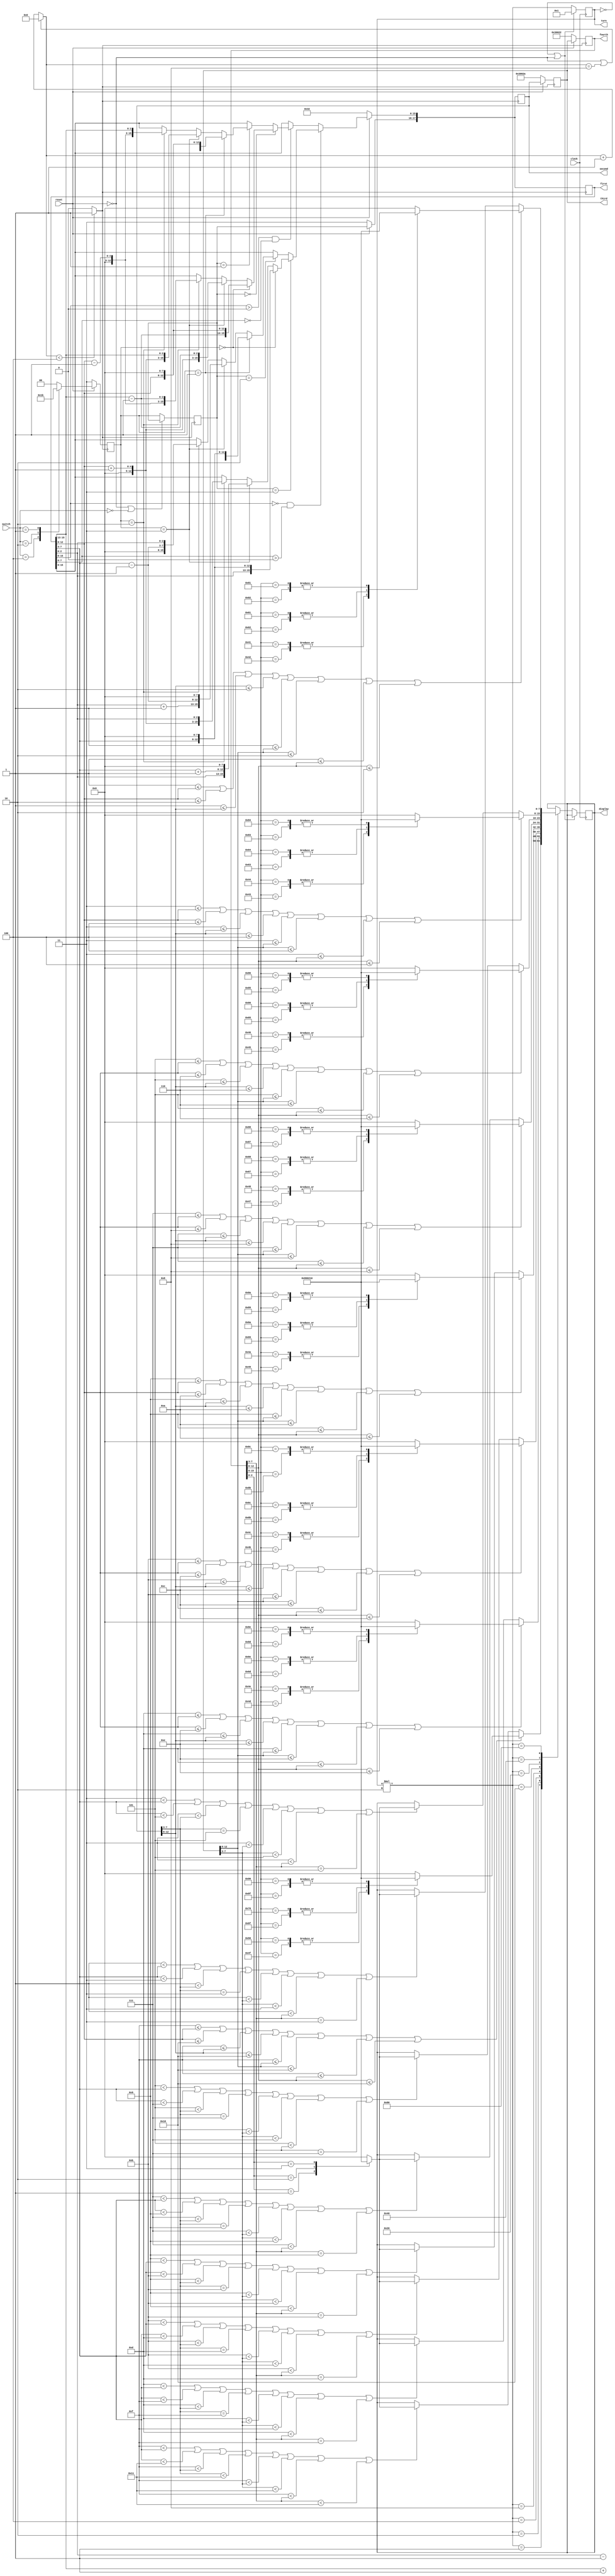
module control_snake (clock, reset, switch, first, second, third, fourth, turn, display);
    input clock, reset;
    input [3:0] switch;
    output [7:0] turn;
    output [7:0] display;
    output [17:0] first, second, third, fourth;

    reg [17:0] first, second, third, fourth;  // 
    reg [1:0] direction;  // 
    reg [2:0] pillar;  //  0:, 1: , 2~3: , 4: 
    reg [4:0] column;  //  0:, 1~16: , default: don't care
    reg [4:0] beam_of_roof;  //  0: , 1:, 2~16: , 17:, default: don't care
    reg [2:0] row;  //  0  1~3 

    reg [7:0] turn;
    reg [7:0] display;
    reg [27:0] diver, diver250;
    reg clock_10hz, clock_250hz;

    // always@(posedge clock) begin
    //     if(reset || diver == 1000000000) begin
    //         diver = 0;
    //     end else begin
    //         diver = diver + 1;
    //     end
    // end
    //
    // always @ (diver) begin
    //     if (diver < 500000000) begin
    //         clock_10hz = 1;
    //     end else begin
    //         clock_10hz = 0;
    //     end
    // end
    //
    // always@(posedge clock) begin
    //     if(reset || diver250 == 400000) begin
    //         diver250 = 0;
    //     end else begin
    //         diver250 = diver250 + 1;
    //     end
    // end
    //
    // always @ (*) begin
    //     if (diver250 < 200000) begin
    //         clock_250hz = 1;
    //     end else begin
    //         clock_250hz = 0;
    //     end
    // end

    always @ (clock) begin
        clock_250hz = clock;

        if(~reset || diver == 8) begin
            diver = 0;
        end else begin
            diver = diver + 1;
        end
    end

    always @ (*) begin
        if (diver < 4) begin
            clock_10hz = 1;
        end else begin
            clock_10hz = 0;
        end
    end

    // 
    always @ (posedge clock_250hz) begin
        if (turn == 0 || ~reset) begin
            turn = 8'b00000001;
        end else begin
            turn = turn * 2;
            case (turn)
                8'b00000001: begin
                    if (15 < first[7:3] || first[7:3] < 17
                            || 15 < second[7:3] || second[7:3] < 17
                            || 15 < third[7:3] || third[7:3] < 17
                            || 15 < fourth[7:3] || fourth[7:3] < 17
                            ) begin
                        // 
                        case (first[2:0])
                            3'b000: display = 8'b00000000;
                            3'b001: display = 8'b10000000;
                            3'b010: display = 8'b00000010;
                            3'b011: display = 8'b00010000;
                            default: display = 8'b00000000;
                        endcase

                        case (second[2:0])
                            3'b000: display = 8'b00000000;
                            3'b001: display = 8'b10000000;
                            3'b010: display = 8'b00000010;
                            3'b011: display = 8'b00010000;
                            default: display = 8'b00000000;
                        endcase

                        case (third[2:0])
                            3'b000: display = 8'b00000000;
                            3'b001: display = 8'b10000000;
                            3'b010: display = 8'b00000010;
                            3'b011: display = 8'b00010000;
                            default: display = 8'b00000000;
                        endcase

                        case (fourth[2:0])
                            3'b000: display = 8'b00000000;
                            3'b001: display = 8'b10000000;
                            3'b010: display = 8'b00000010;
                            3'b011: display = 8'b00010000;
                            default: display = 8'b00000000;
                        endcase
                    end

                    if (15 <= first[12:8] || first[12:8] <= 16
                            || 15 <= second[12:8] || second[12:8] <= 16
                            || 15 <= third[12:8] || third[12:8] <= 16
                            || 15 <= fourth[12:8] || fourth[12:8] <= 16
                            ) begin
                        // 
                        case (first[15:8])
                            8'b00001111: display = 8'b00000000;
                            8'b00010000: display = 8'b00000000;
                            8'b01001111: display = 8'b10000000;
                            8'b01010000: display = 8'b10000000;
                            8'b01101111: display = 8'b00000010;
                            8'b01110000: display = 8'b00000010;
                            8'b10001111: display = 8'b00010000;
                            8'b10010000: display = 8'b00010000;
                            default: display = 8'b00000000;
                        endcase

                        case (second[15:8])
                            8'b00001111: display = 8'b00000000;
                            8'b00010000: display = 8'b00000000;
                            8'b01001111: display = 8'b10000000;
                            8'b01010000: display = 8'b10000000;
                            8'b01101111: display = 8'b00000010;
                            8'b01110000: display = 8'b00000010;
                            8'b10001111: display = 8'b00010000;
                            8'b10010000: display = 8'b00010000;
                            default: display = 8'b00000000;
                        endcase

                        case (third[15:8])
                            8'b00001111: display = 8'b00000000;
                            8'b00010000: display = 8'b00000000;
                            8'b01001111: display = 8'b10000000;
                            8'b01010000: display = 8'b10000000;
                            8'b01101111: display = 8'b00000010;
                            8'b01110000: display = 8'b00000010;
                            8'b10001111: display = 8'b00010000;
                            8'b10010000: display = 8'b00010000;
                            default: display = 8'b00000000;
                        endcase

                        case (fourth[15:8])
                            8'b00001111: display = 8'b00000000;
                            8'b00010000: display = 8'b00000000;
                            8'b01001111: display = 8'b10000000;
                            8'b01010000: display = 8'b10000000;
                            8'b01101111: display = 8'b00000010;
                            8'b01110000: display = 8'b00000010;
                            8'b10001111: display = 8'b00010000;
                            8'b10010000: display = 8'b00010000;
                            default: display = 8'b00000000;
                        endcase
                    end
                end

                8'b00000010: begin
                    if (13 < first[7:3] || first[7:3] < 15
                            || 13 < second[7:3] || second[7:3] == 15
                            || 13 < third[7:3] || third[7:3] < 15
                            || 13 < fourth[7:3] || fourth[7:3] == 15
                            ) begin
                        // 
                        case (first[2:0])
                            3'b000: display = 8'b00000000;
                            3'b001: display = 8'b10000000;
                            3'b010: display = 8'b00000010;
                            3'b011: display = 8'b00010000;
                            default: display = 8'b00000000;
                        endcase

                        case (second[2:0])
                            3'b000: display = 8'b00000000;
                            3'b001: display = 8'b10000000;
                            3'b010: display = 8'b00000010;
                            3'b011: display = 8'b00010000;
                            default: display = 8'b00000000;
                        endcase

                        case (third[2:0])
                            3'b000: display = 8'b00000000;
                            3'b001: display = 8'b10000000;
                            3'b010: display = 8'b00000010;
                            3'b011: display = 8'b00010000;
                            default: display = 8'b00000000;
                        endcase

                        case (fourth[2:0])
                            3'b000: display = 8'b00000000;
                            3'b001: display = 8'b10000000;
                            3'b010: display = 8'b00000010;
                            3'b011: display = 8'b00010000;
                            default: display = 8'b00000000;
                        endcase
                    end

                    if (13 <= first[12:8] || first[12:8] <= 14
                            || 13 <= second[12:8] || second[12:8] <= 14
                            || 13 <= third[12:8] || third[12:8] <= 14
                            || 13 <= fourth[12:8] || fourth[12:8] <= 14
                            ) begin
                        // 
                        case (first[15:8])
                            8'b00001101: display = 8'b00000000;
                            8'b00001110: display = 8'b00000000;
                            8'b01001101: display = 8'b10000000;
                            8'b01001110: display = 8'b10000000;
                            8'b01101101: display = 8'b00000010;
                            8'b01101110: display = 8'b00000010;
                            8'b10001101: display = 8'b00010000;
                            8'b10001110: display = 8'b00010000;
                            default: display = 8'b00000000;
                        endcase

                        case (second[15:8])
                            8'b00001101: display = 8'b00000000;
                            8'b00001110: display = 8'b00000000;
                            8'b01001101: display = 8'b10000000;
                            8'b01001110: display = 8'b10000000;
                            8'b01101101: display = 8'b00000010;
                            8'b01101110: display = 8'b00000010;
                            8'b10001101: display = 8'b00010000;
                            8'b10001110: display = 8'b00010000;
                            default: display = 8'b00000000;
                        endcase

                        case (third[15:8])
                            8'b00001101: display = 8'b00000000;
                            8'b00001110: display = 8'b00000000;
                            8'b01001101: display = 8'b10000000;
                            8'b01001110: display = 8'b10000000;
                            8'b01101101: display = 8'b00000010;
                            8'b01101110: display = 8'b00000010;
                            8'b10001101: display = 8'b00010000;
                            8'b10001110: display = 8'b00010000;
                            default: display = 8'b00000000;
                        endcase

                        case (fourth[15:8])
                            8'b00001101: display = 8'b00000000;
                            8'b00001110: display = 8'b00000000;
                            8'b01001101: display = 8'b10000000;
                            8'b01001110: display = 8'b10000000;
                            8'b01101101: display = 8'b00000010;
                            8'b01101110: display = 8'b00000010;
                            8'b10001101: display = 8'b00010000;
                            8'b10001110: display = 8'b00010000;
                            default: display = 8'b00000000;
                        endcase
                    end
                end
                8'b00000100: begin
                    if (11 < first[7:3] || first[7:3] < 13
                            || 11 < second[7:3] || second[7:3] == 13
                            || 11 < third[7:3] || third[7:3] < 13
                            || 11 < fourth[7:3] || fourth[7:3] == 13
                            ) begin
                        // 
                        case (first[2:0])
                            3'b000: display = 8'b00000000;
                            3'b001: display = 8'b10000000;
                            3'b010: display = 8'b00000010;
                            3'b011: display = 8'b00010000;
                            default: display = 8'b00000000;
                        endcase

                        case (second[2:0])
                            3'b000: display = 8'b00000000;
                            3'b001: display = 8'b10000000;
                            3'b010: display = 8'b00000010;
                            3'b011: display = 8'b00010000;
                            default: display = 8'b00000000;
                        endcase

                        case (third[2:0])
                            3'b000: display = 8'b00000000;
                            3'b001: display = 8'b10000000;
                            3'b010: display = 8'b00000010;
                            3'b011: display = 8'b00010000;
                            default: display = 8'b00000000;
                        endcase

                        case (fourth[2:0])
                            3'b000: display = 8'b00000000;
                            3'b001: display = 8'b10000000;
                            3'b010: display = 8'b00000010;
                            3'b011: display = 8'b00010000;
                            default: display = 8'b00000000;
                        endcase
                    end

                    if (11 <= first[12:8] || first[12:8] <= 12
                            || 11 <= second[12:8] || second[12:8] <= 12
                            || 11 <= third[12:8] || third[12:8] <= 12
                            || 11 <= fourth[12:8] || fourth[12:8] <= 12
                            ) begin
                        // 
                        case (first[15:8])
                            8'b00001011: display = 8'b00000000;
                            8'b00001100: display = 8'b00000000;
                            8'b01001011: display = 8'b10000000;
                            8'b01001100: display = 8'b10000000;
                            8'b01101011: display = 8'b00000010;
                            8'b01101100: display = 8'b00000010;
                            8'b10001011: display = 8'b00010000;
                            8'b10001100: display = 8'b00010000;
                            default: display = 8'b00000000;
                        endcase

                        case (second[15:8])
                            8'b00001011: display = 8'b00000000;
                            8'b00001100: display = 8'b00000000;
                            8'b01001011: display = 8'b10000000;
                            8'b01001100: display = 8'b10000000;
                            8'b01101011: display = 8'b00000010;
                            8'b01101100: display = 8'b00000010;
                            8'b10001011: display = 8'b00010000;
                            8'b10001100: display = 8'b00010000;
                            default: display = 8'b00000000;
                        endcase

                        case (third[15:8])
                            8'b00001011: display = 8'b00000000;
                            8'b00001100: display = 8'b00000000;
                            8'b01001011: display = 8'b10000000;
                            8'b01001100: display = 8'b10000000;
                            8'b01101011: display = 8'b00000010;
                            8'b01101100: display = 8'b00000010;
                            8'b10001011: display = 8'b00010000;
                            8'b10001100: display = 8'b00010000;
                            default: display = 8'b00000000;
                        endcase

                        case (fourth[15:8])
                            8'b00001011: display = 8'b00000000;
                            8'b00001100: display = 8'b00000000;
                            8'b01001011: display = 8'b10000000;
                            8'b01001100: display = 8'b10000000;
                            8'b01101011: display = 8'b00000010;
                            8'b01101100: display = 8'b00000010;
                            8'b10001011: display = 8'b00010000;
                            8'b10001100: display = 8'b00010000;
                            default: display = 8'b00000000;
                        endcase
                    end
                end
                8'b00001000: begin
                    //
                    if (9 < first[7:3] || first[7:3] < 11
                            || 9 < second[7:3] || second[7:3] == 11
                            || 9 < third[7:3] || third[7:3] < 11
                            || 9 < fourth[7:3] || fourth[7:3] == 11
                            ) begin
                        // 
                        case (first[2:0])
                            3'b000: display = 8'b00000000;
                            3'b001: display = 8'b10000000;
                            3'b010: display = 8'b00000010;
                            3'b011: display = 8'b00010000;
                            default: display = 8'b00000000;
                        endcase

                        case (second[2:0])
                            3'b000: display = 8'b00000000;
                            3'b001: display = 8'b10000000;
                            3'b010: display = 8'b00000010;
                            3'b011: display = 8'b00010000;
                            default: display = 8'b00000000;
                        endcase

                        case (third[2:0])
                            3'b000: display = 8'b00000000;
                            3'b001: display = 8'b10000000;
                            3'b010: display = 8'b00000010;
                            3'b011: display = 8'b00010000;
                            default: display = 8'b00000000;
                        endcase

                        case (fourth[2:0])
                            3'b000: display = 8'b00000000;
                            3'b001: display = 8'b10000000;
                            3'b010: display = 8'b00000010;
                            3'b011: display = 8'b00010000;
                            default: display = 8'b00000000;
                        endcase
                    end

                    if (9 <= first[12:8] || first[12:8] <= 10
                            || 9 <= second[12:8] || second[12:8] <= 10
                            || 9 <= third[12:8] || third[12:8] <= 10
                            || 9 <= fourth[12:8] || fourth[12:8] <= 10
                            ) begin
                        // 
                        case (first[15:8])
                            8'b00001001: display = 8'b00000000;
                            8'b00001010: display = 8'b00000000;
                            8'b01001001: display = 8'b10000000;
                            8'b01001010: display = 8'b10000000;
                            8'b01101001: display = 8'b00000010;
                            8'b01101010: display = 8'b00000010;
                            8'b10001001: display = 8'b00010000;
                            8'b10001010: display = 8'b00010000;
                            default: display = 8'b00000000;
                        endcase

                        case (second[15:8])
                            8'b00001001: display = 8'b00000000;
                            8'b00001010: display = 8'b00000000;
                            8'b01001001: display = 8'b10000000;
                            8'b01001010: display = 8'b10000000;
                            8'b01101001: display = 8'b00000010;
                            8'b01101010: display = 8'b00000010;
                            8'b10001001: display = 8'b00010000;
                            8'b10001010: display = 8'b00010000;
                            default: display = 8'b00000000;
                        endcase

                        case (third[15:8])
                            8'b00001001: display = 8'b00000000;
                            8'b00001010: display = 8'b00000000;
                            8'b01001001: display = 8'b10000000;
                            8'b01001010: display = 8'b10000000;
                            8'b01101001: display = 8'b00000010;
                            8'b01101010: display = 8'b00000010;
                            8'b10001001: display = 8'b00010000;
                            8'b10001010: display = 8'b00010000;
                            default: display = 8'b00000000;
                        endcase

                        case (fourth[15:8])
                            8'b00001001: display = 8'b00000000;
                            8'b00001010: display = 8'b00000000;
                            8'b01001001: display = 8'b10000000;
                            8'b01001010: display = 8'b10000000;
                            8'b01101001: display = 8'b00000010;
                            8'b01101010: display = 8'b00000010;
                            8'b10001001: display = 8'b00010000;
                            8'b10001010: display = 8'b00010000;
                            default: display = 8'b00000000;
                        endcase
                    end
                end
                8'b00010000: begin
                    //
                    if (7 < first[7:3] || first[7:3] < 9
                            || 7 < second[7:3] || second[7:3] == 9
                            || 7 < third[7:3] || third[7:3] < 9
                            || 7 < fourth[7:3] || fourth[7:3] == 9
                            ) begin
                        // 
                        case (first[2:0])
                            3'b000: display = 8'b00000000;
                            3'b001: display = 8'b10000000;
                            3'b010: display = 8'b00000010;
                            3'b011: display = 8'b00010000;
                            default: display = 8'b00000000;
                        endcase

                        case (second[2:0])
                            3'b000: display = 8'b00000000;
                            3'b001: display = 8'b10000000;
                            3'b010: display = 8'b00000010;
                            3'b011: display = 8'b00010000;
                            default: display = 8'b00000000;
                        endcase

                        case (third[2:0])
                            3'b000: display = 8'b00000000;
                            3'b001: display = 8'b10000000;
                            3'b010: display = 8'b00000010;
                            3'b011: display = 8'b00010000;
                            default: display = 8'b00000000;
                        endcase

                        case (fourth[2:0])
                            3'b000: display = 8'b00000000;
                            3'b001: display = 8'b10000000;
                            3'b010: display = 8'b00000010;
                            3'b011: display = 8'b00010000;
                            default: display = 8'b00000000;
                        endcase
                    end

                    if (7 <= first[12:8] || first[12:8] <= 8
                            || 7 <= second[12:8] || second[12:8] <= 8
                            || 7 <= third[12:8] || third[12:8] <= 8
                            || 7 <= fourth[12:8] || fourth[12:8] <= 8
                            ) begin
                        // 
                        case (first[15:8])
                            8'b00000111: display = 8'b00000000;
                            8'b00001000: display = 8'b00000000;
                            8'b01000111: display = 8'b10000000;
                            8'b01001000: display = 8'b10000000;
                            8'b01100111: display = 8'b00000010;
                            8'b01101000: display = 8'b00000010;
                            8'b10000111: display = 8'b00010000;
                            8'b10001000: display = 8'b00010000;
                            default: display = 8'b00000000;
                        endcase

                        case (second[15:8])
                            8'b00000111: display = 8'b00000000;
                            8'b00001000: display = 8'b00000000;
                            8'b01000111: display = 8'b10000000;
                            8'b01001000: display = 8'b10000000;
                            8'b01100111: display = 8'b00000010;
                            8'b01101000: display = 8'b00000010;
                            8'b10000111: display = 8'b00010000;
                            8'b10001000: display = 8'b00010000;
                            default: display = 8'b00000000;
                        endcase

                        case (third[15:8])
                            8'b00000111: display = 8'b00000000;
                            8'b00001000: display = 8'b00000000;
                            8'b01000111: display = 8'b10000000;
                            8'b01001000: display = 8'b10000000;
                            8'b01100111: display = 8'b00000010;
                            8'b01101000: display = 8'b00000010;
                            8'b10000111: display = 8'b00010000;
                            8'b10001000: display = 8'b00010000;
                            default: display = 8'b00000000;
                        endcase

                        case (fourth[15:8])
                            8'b00000111: display = 8'b00000000;
                            8'b00001000: display = 8'b00000000;
                            8'b01000111: display = 8'b10000000;
                            8'b01001000: display = 8'b10000000;
                            8'b01100111: display = 8'b00000010;
                            8'b01101000: display = 8'b00000010;
                            8'b10000111: display = 8'b00010000;
                            8'b10001000: display = 8'b00010000;
                            default: display = 8'b00000000;
                        endcase
                    end
                end
                8'b00100000: begin
                    //
                    if (5 < first[7:3] || first[7:3] < 7
                            || 5 < second[7:3] || second[7:3] == 7
                            || 5 < third[7:3] || third[7:3] < 7
                            || 5 < fourth[7:3] || fourth[7:3] == 7
                            ) begin
                        // 
                        case (first[2:0])
                            3'b000: display = 8'b00000000;
                            3'b001: display = 8'b10000000;
                            3'b010: display = 8'b00000010;
                            3'b011: display = 8'b00010000;
                            default: display = 8'b00000000;
                        endcase

                        case (second[2:0])
                            3'b000: display = 8'b00000000;
                            3'b001: display = 8'b10000000;
                            3'b010: display = 8'b00000010;
                            3'b011: display = 8'b00010000;
                            default: display = 8'b00000000;
                        endcase

                        case (third[2:0])
                            3'b000: display = 8'b00000000;
                            3'b001: display = 8'b10000000;
                            3'b010: display = 8'b00000010;
                            3'b011: display = 8'b00010000;
                            default: display = 8'b00000000;
                        endcase

                        case (fourth[2:0])
                            3'b000: display = 8'b00000000;
                            3'b001: display = 8'b10000000;
                            3'b010: display = 8'b00000010;
                            3'b011: display = 8'b00010000;
                            default: display = 8'b00000000;
                        endcase
                    end

                    if (5 <= first[12:8] || first[12:8] <= 6
                            || 5 <= second[12:8] || second[12:8] <= 6
                            || 5 <= third[12:8] || third[12:8] <= 6
                            || 5 <= fourth[12:8] || fourth[12:8] <= 6
                            ) begin
                        // 
                        case (first[15:8])
                            8'b00000101: display = 8'b00000000;
                            8'b00000110: display = 8'b00000000;
                            8'b01000101: display = 8'b10000000;
                            8'b01000110: display = 8'b10000000;
                            8'b01100101: display = 8'b00000010;
                            8'b01100110: display = 8'b00000010;
                            8'b10000101: display = 8'b00010000;
                            8'b10000110: display = 8'b00010000;
                            default: display = 8'b00000000;
                        endcase

                        case (second[15:8])
                            8'b00000101: display = 8'b00000000;
                            8'b00000110: display = 8'b00000000;
                            8'b01000101: display = 8'b10000000;
                            8'b01000110: display = 8'b10000000;
                            8'b01100101: display = 8'b00000010;
                            8'b01100110: display = 8'b00000010;
                            8'b10000101: display = 8'b00010000;
                            8'b10000110: display = 8'b00010000;
                            default: display = 8'b00000000;
                        endcase

                        case (third[15:8])
                            8'b00000101: display = 8'b00000000;
                            8'b00000110: display = 8'b00000000;
                            8'b01000101: display = 8'b10000000;
                            8'b01000110: display = 8'b10000000;
                            8'b01100101: display = 8'b00000010;
                            8'b01100110: display = 8'b00000010;
                            8'b10000101: display = 8'b00010000;
                            8'b10000110: display = 8'b00010000;
                            default: display = 8'b00000000;
                        endcase

                        case (fourth[15:8])
                            8'b00000101: display = 8'b00000000;
                            8'b00000110: display = 8'b00000000;
                            8'b01000101: display = 8'b10000000;
                            8'b01000110: display = 8'b10000000;
                            8'b01100101: display = 8'b00000010;
                            8'b01100110: display = 8'b00000010;
                            8'b10000101: display = 8'b00010000;
                            8'b10000110: display = 8'b00010000;
                            default: display = 8'b00000000;
                        endcase
                    end
                end
                8'b01000000: begin
                    //
                    if (3 < first[7:3] || first[7:3] < 5
                            || 3 < second[7:3] || second[7:3] == 5
                            || 3 < third[7:3] || third[7:3] < 5
                            || 3 < fourth[7:3] || fourth[7:3] == 5
                            ) begin
                        // 
                        case (first[2:0])
                            3'b000: display = 8'b00000000;
                            3'b001: display = 8'b10000000;
                            3'b010: display = 8'b00000010;
                            3'b011: display = 8'b00010000;
                            default: display = 8'b00000000;
                        endcase

                        case (second[2:0])
                            3'b000: display = 8'b00000000;
                            3'b001: display = 8'b10000000;
                            3'b010: display = 8'b00000010;
                            3'b011: display = 8'b00010000;
                            default: display = 8'b00000000;
                        endcase

                        case (third[2:0])
                            3'b000: display = 8'b00000000;
                            3'b001: display = 8'b10000000;
                            3'b010: display = 8'b00000010;
                            3'b011: display = 8'b00010000;
                            default: display = 8'b00000000;
                        endcase

                        case (fourth[2:0])
                            3'b000: display = 8'b00000000;
                            3'b001: display = 8'b10000000;
                            3'b010: display = 8'b00000010;
                            3'b011: display = 8'b00010000;
                            default: display = 8'b00000000;
                        endcase
                    end

                    if (3 <= first[12:8] || first[12:8] <= 4
                            || 3 <= second[12:8] || second[12:8] <= 4
                            || 3 <= third[12:8] || third[12:8] <= 4
                            || 3 <= fourth[12:8] || fourth[12:8] <= 4
                            ) begin
                        // 
                        case (first[15:8])
                            8'b00000011: display = 8'b00000000;
                            8'b00000100: display = 8'b00000000;
                            8'b01000011: display = 8'b10000000;
                            8'b01000100: display = 8'b10000000;
                            8'b01100011: display = 8'b00000010;
                            8'b01100100: display = 8'b00000010;
                            8'b10000011: display = 8'b00010000;
                            8'b10000100: display = 8'b00010000;
                            default: display = 8'b00000000;
                        endcase

                        case (second[15:8])
                            8'b00000011: display = 8'b00000000;
                            8'b00000100: display = 8'b00000000;
                            8'b01000011: display = 8'b10000000;
                            8'b01000100: display = 8'b10000000;
                            8'b01100011: display = 8'b00000010;
                            8'b01100100: display = 8'b00000010;
                            8'b10000011: display = 8'b00010000;
                            8'b10000100: display = 8'b00010000;
                            default: display = 8'b00000000;
                        endcase

                        case (third[15:8])
                            8'b00000011: display = 8'b00000000;
                            8'b00000100: display = 8'b00000000;
                            8'b01000011: display = 8'b10000000;
                            8'b01000100: display = 8'b10000000;
                            8'b01100011: display = 8'b00000010;
                            8'b01100100: display = 8'b00000010;
                            8'b10000011: display = 8'b00010000;
                            8'b10000100: display = 8'b00010000;
                            default: display = 8'b00000000;
                        endcase

                        case (fourth[15:8])
                            8'b00000011: display = 8'b00000000;
                            8'b00000100: display = 8'b00000000;
                            8'b01000011: display = 8'b10000000;
                            8'b01000100: display = 8'b10000000;
                            8'b01100011: display = 8'b00000010;
                            8'b01100100: display = 8'b00000010;
                            8'b10000011: display = 8'b00010000;
                            8'b10000100: display = 8'b00010000;
                            default: display = 8'b00000000;
                        endcase
                    end
                end
                8'b10000000: begin
                    //
                    if (1 < first[7:3] || first[7:3] < 3
                            || 1 < second[7:3] || second[7:3] == 3
                            || 1 < third[7:3] || third[7:3] < 3
                            || 1 < fourth[7:3] || fourth[7:3] == 3
                            ) begin
                        // 
                        case (first[2:0])
                            3'b000: display = 8'b00000000;
                            3'b001: display = 8'b10000000;
                            3'b010: display = 8'b00000010;
                            3'b011: display = 8'b00010000;
                            default: display = 8'b00000000;
                        endcase

                        case (second[2:0])
                            3'b000: display = 8'b00000000;
                            3'b001: display = 8'b10000000;
                            3'b010: display = 8'b00000010;
                            3'b011: display = 8'b00010000;
                            default: display = 8'b00000000;
                        endcase

                        case (third[2:0])
                            3'b000: display = 8'b00000000;
                            3'b001: display = 8'b10000000;
                            3'b010: display = 8'b00000010;
                            3'b011: display = 8'b00010000;
                            default: display = 8'b00000000;
                        endcase

                        case (fourth[2:0])
                            3'b000: display = 8'b00000000;
                            3'b001: display = 8'b10000000;
                            3'b010: display = 8'b00000010;
                            3'b011: display = 8'b00010000;
                            default: display = 8'b00000000;
                        endcase
                    end

                    if (1 <= first[12:8] || first[12:8] <= 2
                            || 1 <= second[12:8] || second[12:8] <= 2
                            || 1 <= third[12:8] || third[12:8] <= 2
                            || 1 <= fourth[12:8] || fourth[12:8] <= 2
                            ) begin
                        // 
                        case (first[15:8])
                            8'b00000010: display = 8'b00000000;
                            8'b00000001: display = 8'b00000000;
                            8'b01000010: display = 8'b10000000;
                            8'b01000001: display = 8'b10000000;
                            8'b01100010: display = 8'b00000010;
                            8'b01100001: display = 8'b00000010;
                            8'b10000010: display = 8'b00010000;
                            8'b10000001: display = 8'b00010000;
                            default: display = 8'b00000000;
                        endcase

                        case (second[15:8])
                            8'b00000010: display = 8'b00000000;
                            8'b00000001: display = 8'b00000000;
                            8'b01000010: display = 8'b10000000;
                            8'b01000001: display = 8'b10000000;
                            8'b01100010: display = 8'b00000010;
                            8'b01100001: display = 8'b00000010;
                            8'b10000010: display = 8'b00010000;
                            8'b10000001: display = 8'b00010000;
                            default: display = 8'b00000000;
                        endcase

                        case (third[15:8])
                            8'b00000010: display = 8'b00000000;
                            8'b00000001: display = 8'b00000000;
                            8'b01000010: display = 8'b10000000;
                            8'b01000001: display = 8'b10000000;
                            8'b01100010: display = 8'b00000010;
                            8'b01100001: display = 8'b00000010;
                            8'b10000010: display = 8'b00010000;
                            8'b10000001: display = 8'b00010000;
                            default: display = 8'b00000000;
                        endcase

                        case (fourth[15:8])
                            8'b00000010: display = 8'b00000000;
                            8'b00000001: display = 8'b00000000;
                            8'b01000010: display = 8'b10000000;
                            8'b01000001: display = 8'b10000000;
                            8'b01100010: display = 8'b00000010;
                            8'b01100001: display = 8'b00000010;
                            8'b10000010: display = 8'b00010000;
                            8'b10000001: display = 8'b00010000;
                            default: display = 8'b00000000;
                        endcase
                    end
                end
            endcase
        end
    end

    // 
    always @ (posedge clock_10hz) begin
        if (~reset) begin
            first = {2'b11, 3'b000, 5'b00000, 5'b00110, 3'b010};
            second = {2'b11, 3'b000, 5'b00000, 5'b00101, 3'b010};
            third = {2'b11, 3'b000, 5'b00000, 5'b00100, 3'b010};
            fourth = {2'b11, 3'b000, 5'b00000, 5'b00011, 3'b010};
            pillar = 0;
            column = 0;
            beam_of_roof = 0;
            row = 0;

        end else if (first[15:8] == 0 && first[7:0] > 0) begin
            // 

            if (first[17:16] == 3) begin
                // 

                if (direction == 0) begin
                    // 
                    pillar = first[2:0];
                    column = first[7:3];
                    beam_of_roof = 0;  // 
                    row = 0;  // 
                    first[15:0] = {
                      pillar,
                      column,
                      beam_of_roof,
                      row
                    };

                end else if (direction == 3) begin
                    // 
                    pillar = first[2:0];
                    column = first[7:3] + 1;
                    beam_of_roof = 0;  // 
                    row = 0;  // 
                    first[15:0] = {
                        pillar,
                        column,
                        beam_of_roof,
                        row
                    };

                end else if (direction == 2) begin
                    // 
                    pillar = 0;  // 
                    column = 0;  // 
                    beam_of_roof = first[12:8] + 1;
                    row = first[2:0];
                    first[15:0] = {
                      pillar,
                      column,
                      beam_of_roof,
                      row
                    };
                end

            end else if (first[17:16] == 2) begin
                // 

                if (direction == 1) begin
                    // 
                    pillar = first[2:0] - 1;
                    column = first[7:3];
                    beam_of_roof = 0;  // 
                    row = 0;  // 
                    first[15:0] = {
                      pillar,
                      column,
                      beam_of_roof,
                      row
                    };

                end else if (direction == 3) begin
                    // 
                    pillar = first[2:0] + 1;
                    column = first[7:3] - 1;
                    beam_of_roof = 0;  // 
                    row = 0;  // 
                    first[15:0] = {
                      pillar ,
                      column,
                      beam_of_roof,
                      row
                    };

                end else if (direction == 2) begin
                    // 
                    pillar = 0;  // 
                    column = 0;  // 
                    beam_of_roof = first[7:3] - 1;
                    row = first[2:0];
                    first[15:0] = {
                        pillar,
                        column,
                        beam_of_roof,
                        row
                    };
                end
            end

        end else if (first[15:8] > 0 && first[7:0] == 0) begin
            // 

            if (first[17:16] == 0) begin
                // 

                if (direction == 0) begin
                    // 
                    pillar = first[15:13] - 1;
                    column = first[12:8];
                    beam_of_roof = 0;  // 
                    row = 0;  // 
                    first[15:0] = {
                        pillar,
                        column,
                        beam_of_roof,
                        row
                    };

                end else if (direction == 3) begin
                    // 
                    pillar = 0;  // 
                    column = 0;  // 
                    beam_of_roof = first[12:8] + 1;
                    row = first[15:13] - 1;
                    first[15:0] = {
                        pillar,
                        column,
                        beam_of_roof,
                        row
                    };

                end else if (direction == 2) begin
                    // 
                    pillar = 0;  // 
                    column = 0;  // 
                    beam_of_roof = first[12:8] - 1;
                    row = first[15:13] - 1;
                    first[15:0] = {
                        pillar,
                        column,
                        beam_of_roof,
                        row
                    };
                end

            end else if (first[17:16] == 1) begin
                // 

                if (direction == 1) begin
                    // 
                    pillar = first[15:13] + 1;
                    column = first[12:8];
                    beam_of_roof = 0;  // 
                    row = 0;  // 
                    first[15:0] = {
                        pillar,
                        column,
                        beam_of_roof,
                        row
                    };

                end else if (direction == 3) begin
                    // 
                    pillar = 0;  // 
                    column = 0;  // 
                    beam_of_roof = first[12:8] + 1;
                    row = first[15:13];
                    first[15:0] = {
                        pillar,
                        column,
                        beam_of_roof,
                        row
                    };

                end else if (direction == 2) begin
                    // 
                    pillar = 0;  // 
                    column = 0;  // 
                    beam_of_roof = first[12:8] - 1;
                    row = first[15:13];
                    first[15:0] = {
                        pillar,
                        column,
                        beam_of_roof,
                        row
                    };

                end
            end
        end
        second <= first;
        third <= second;
        fourth <= third;

    end

    // 
    always @ (posedge clock_10hz) begin
        if (~reset || switch == 0) begin
            first[17:16] = first[17:16];
        end else begin
            first[17:16] = direction;
        end
    end

    // 
    always @ (posedge clock_10hz) begin
        if (~reset) begin
            direction = 3;
        end else begin
            case (switch)
                4'b1000: direction = 0;
                4'b0100: direction = 1;
                4'b0010: direction = 2;
                4'b0001: direction = 3;
                default: direction = 0;
            endcase
        end
    end

endmodule // control_snake